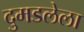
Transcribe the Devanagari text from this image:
दुमडलेला